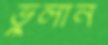
ভুলান